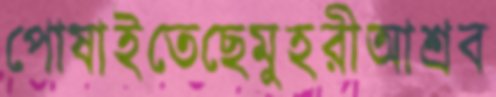
পোষাইতেছেমুহরীআশ্রব